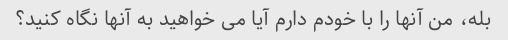
بله، من آنها را با خودم دارم آیا می خواهید به آنها نگاه کنید؟